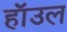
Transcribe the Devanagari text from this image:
हाॅउल